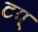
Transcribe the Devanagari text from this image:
टप्